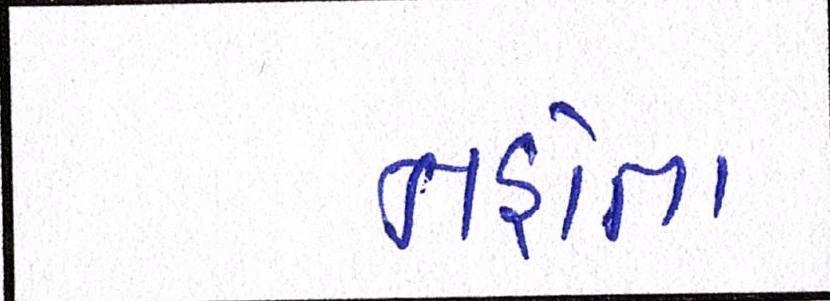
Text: નહોતા